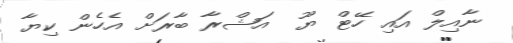
ނާއިލް އައި ހޭޓް ޔޫ  އަޝްރާ ބާރަށް އެހެން ކިޔާ